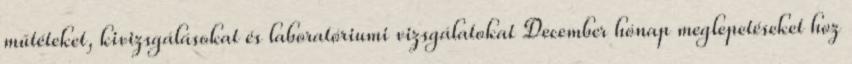
műtéteket, kivizsgálásokat és laboratóriumi vizsgálatokat December hónap meglepetéseket hoz